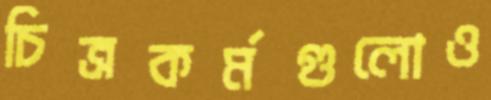
চিত্রকর্মগুলোও